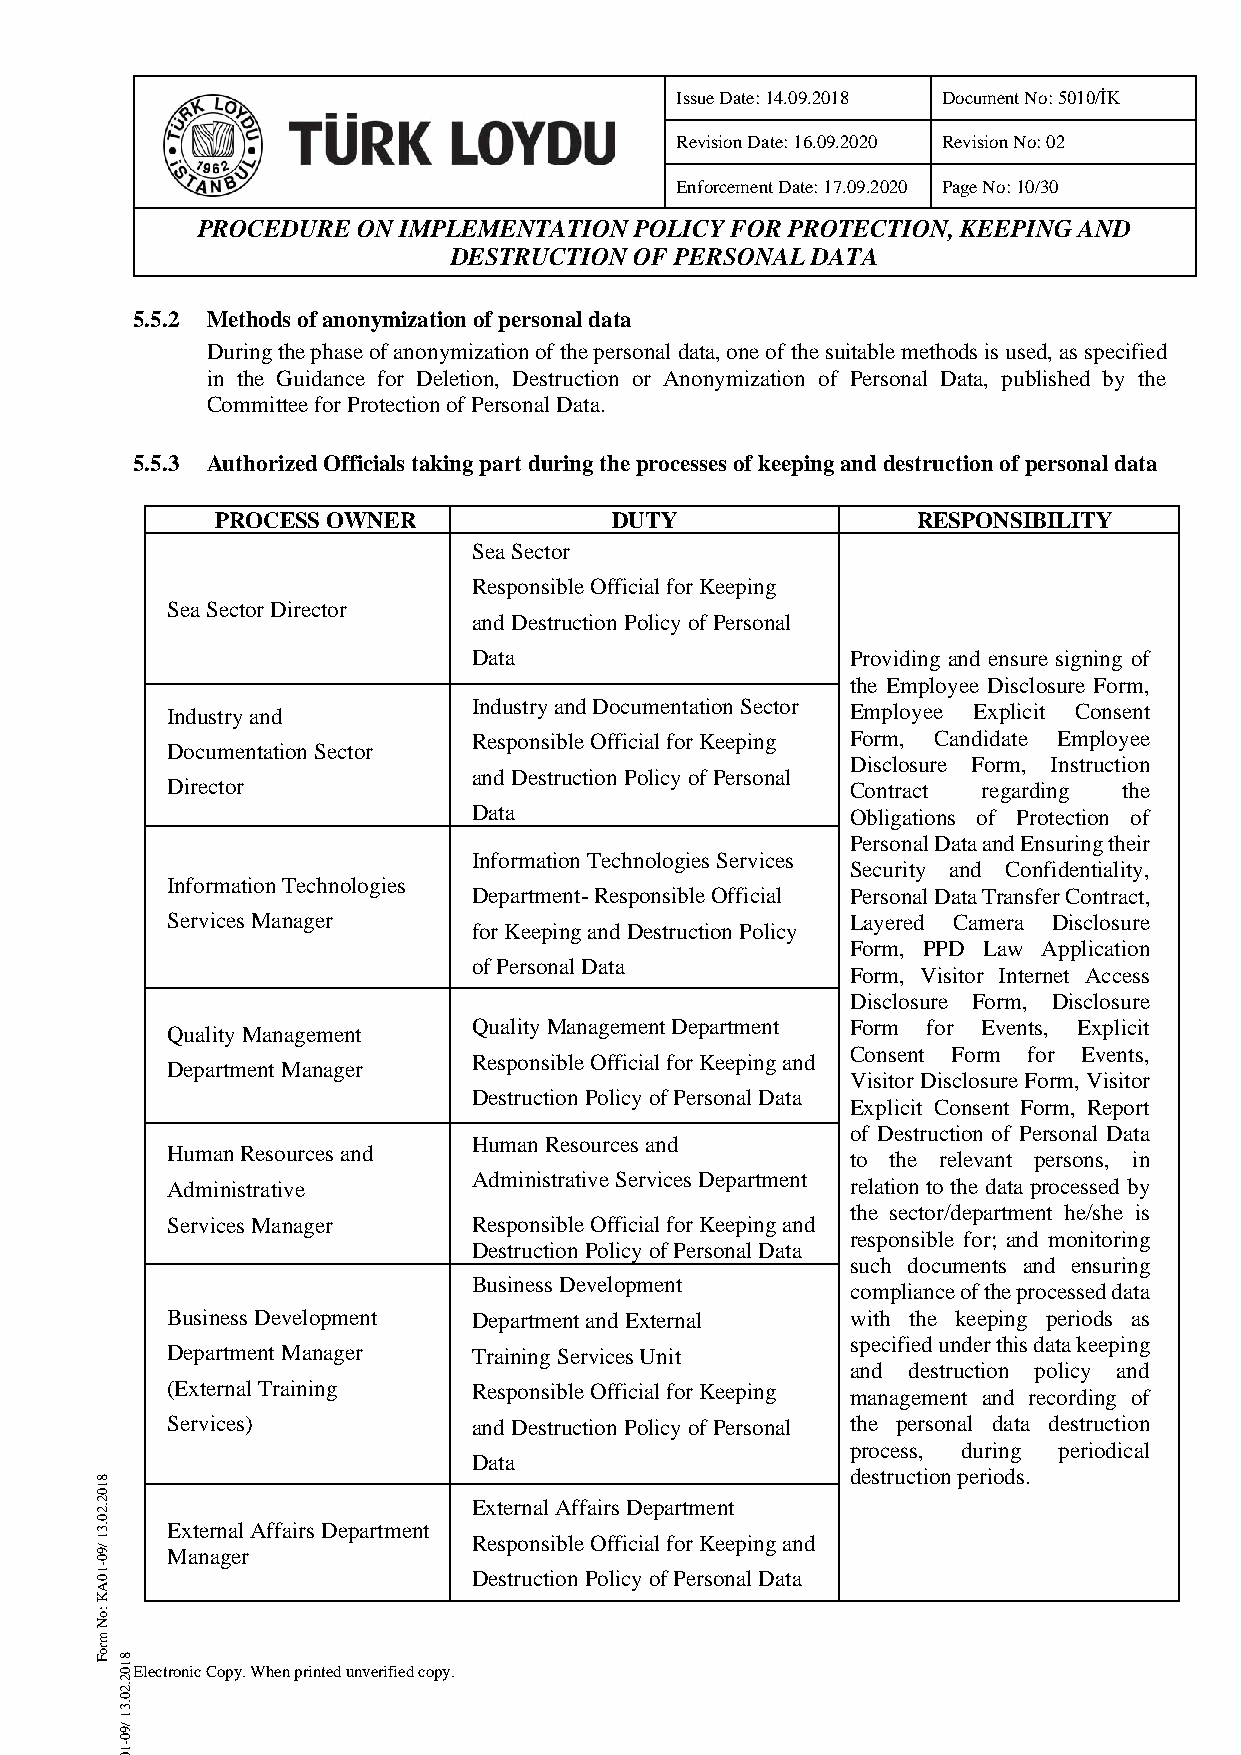
Issue Date: 14.09.2018 Document No: 5010/İK
 Revision Date: 16.09.2020 Revision No: 02
 Enforcement Date: 17.09.2020 Page No: 10/30
 PROCEDURE  ON IMPLEMENTATION POLICY FOR PROTECTION, KEEPING AND
 DESTRUCTION OF PERSONAL DATA
 5.5.2 Methods of anonymization of personal data
 During the phase of anonymization of the personal data, one of the suitable methods is used, as specified
 in the Guidance for Deletion, Destruction or Anonymization of Personal Data, published by the
 Committee for Protection of Personal Data.
 5.5.3 Authorized Officials taking part during the processes of keeping and destruction of personal data
 PROCESS OWNER              DUTY                RESPONSIBILITY
 Sea Sector
 Responsible Official for Keeping
 Sea Sector Director
 and Destruction Policy of Personal
 Data                     Providing and ensure signing of
 the Employee Disclosure Form,
 Industry and        Industry and Documentation Sector Employee Explicit Consent
 Responsible Official for Keeping Form, Candidate Employee
 Documentation Sector
 Disclosure Form, Instruction
 and Destruction Policy of Personal
 Director                                     Contract regarding the
 Data                     Obligations of Protection of
 Personal Data and Ensuring their
 Information Technologies Services
 Security and Confidentiality,
 Information Technologies
 Department- Responsible Official Personal Data Transfer Contract,
 Services Manager                             Layered Camera Disclosure
 for Keeping and Destruction Policy
 Form, PPD Law Application
 of Personal Data
 Form, Visitor Internet Access
 Disclosure Form, Disclosure
 Quality Management  Quality Management Department Form for Events, Explicit
 Consent Form for Events,
 Responsible Official for Keeping and
 Department Manager
 Visitor Disclosure Form, Visitor
 Destruction Policy of Personal Data
 Explicit Consent Form, Report
 of Destruction of Personal Data
 Human Resources and
 Human Resources and                          to the relevant persons, in
 Administrative Services Department
 Administrative                               relation to the data processed by
 the sector/department he/she is
 Services Manager    Responsible Official for Keeping and
 responsible for; and monitoring
 Destruction Policy of Personal Data
 such documents and ensuring
 Business Development
 compliance of the processed data
 Business Development Department and External with the keeping periods as
 specified under this data keeping
 Department Manager  Training Services Unit
 and destruction policy and
 (External Training  Responsible Official for Keeping management and recording of
 Services)           and Destruction Policy of Personal the personal data destruction
 process, during periodical
 Data
 8
 destruction periods.
 1
 0
 2 .2                     External Affairs Department
 0 .3 External Affairs Department
 1                        Responsible Official for Keeping and
 /9   Manager
 0
 1 0-                     Destruction Policy of Personal Data
 A
 K
 :o
 N
 m
 ro
 F 8 1 0 Electronic Copy. When printed unverified copy.
 2
 .2
 0
 .3
 1
 /9
 0
 1-
 0
 A
 K
 :o
 N
 m
 ro
 F